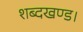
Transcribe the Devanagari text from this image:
शब्दखण्ड।